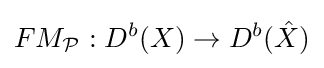
FM_{\mathcal {P}}:D^{b}(X)\to D^{b}({\hat {X}})